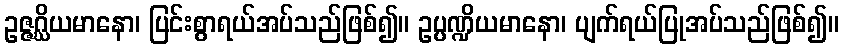
ဥဇ္ဇဂ္ဃိယမာနော၊ ပြင်းစွာရယ်အပ်သည်ဖြစ်၍။ ဥပ္ပဏ္ဍိယမာနော၊ ပျက်ရယ်ပြုအပ်သည်ဖြစ်၍။